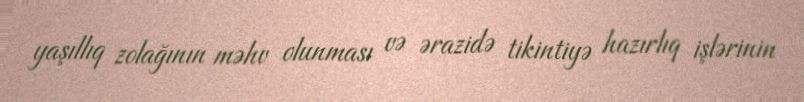
yaşıllıq zolağının məhv olunması və ərazidə tikintiyə hazırlıq işlərinin